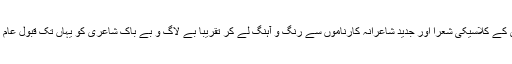
روسی شاعر نے ایک نئی کروٹ لی اور انیسویں صدی کے کلاسیکی شعرا اور جدید شاعرانہ کارناموں سے رنگ و آہنگ لے کر تقریباً بے لاگ و بے باک شاعری کو یہاں تک قبول عام بخشا کہ مشرق سے زیادہ مغرب میں اس کا چرچا ہوا۔